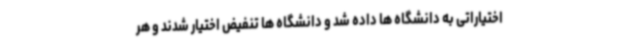
اختیاراتی به دانشگاه ها داده شد و دانشگاه ها تنفیض اختیار شدند و هر